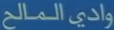
وادي-الملاح